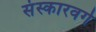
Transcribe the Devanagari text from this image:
संस्कारवर्ग